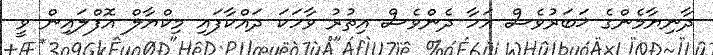
ދާނިޔާމެންގެ ޚަބަރުވެސް އަހާ ދެންވެސް އިތުރު ވާހަކަ ދައްކާފައި މިކްޔާލް އޮފްލައިން ވީ